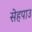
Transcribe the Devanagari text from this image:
सेहपाउ